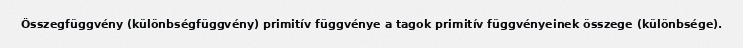
Összegfüggvény (különbségfüggvény) primitív függvénye a tagok primitív függvényeinek összege (különbsége).